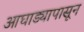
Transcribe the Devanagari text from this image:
आघाड्यापासून